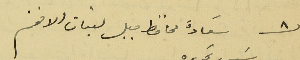
عدد ٨ سَعادة محافظ جبل لبنان الافخم